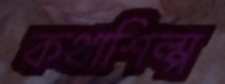
কথাশিল্প